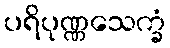
ပရိပုဏ္ဏသေက္ခံ